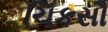
ચિકસૌ